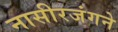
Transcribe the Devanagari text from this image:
नासीरजंगने